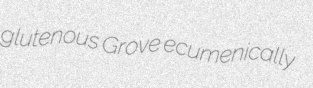
glutenous Grove ecumenically